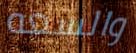
والسعه